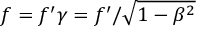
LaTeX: f = f ^ { \prime } \gamma = f ^ { \prime } / { \sqrt { 1 - \beta ^ { 2 } } }